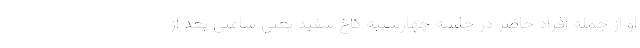
او از جمله افراد حاضر در جلسه چهارشنبه کاخ سفید یعنی ساعتی بعد از